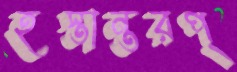
হস্তান্তরপ্